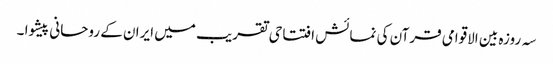
سہ روزہ بین الاقوامی قرآن کی نمائش افتتاحی تقریب میں ایران کے روحانی پیشوا ۔